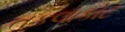
તકલાકોટ